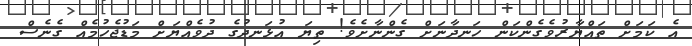
އެ ކަމަށް ތައްޔާރުވެގެންކަން ހަނދާނަށް ގެންނާށެވެ! ތިޔަ އުޅަނދުގެ ދުވެއްޔަށް މަޑުޖެހުމެއް ގެނެސް